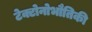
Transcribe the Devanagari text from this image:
टेक्टोनोभौतिकी